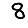
Digit: 8